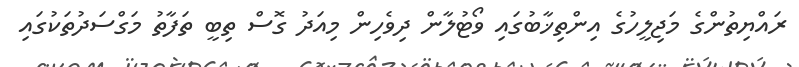
ރައްޔިތުންގެ މަޖިލީހުގެ އިންތިޚާބުގައި ވޯޓުލާން ދިވެހިން މިއަދު ގޮސް ތިބީ ތަފާތު މަގްސަދުތަކުގައި